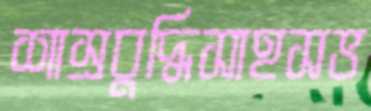
শাস্রবুদ্ধিসাহসভ